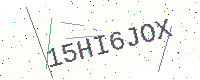
Text: 15HI6JOX